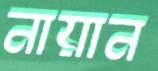
নায়ান